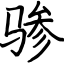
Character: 骖